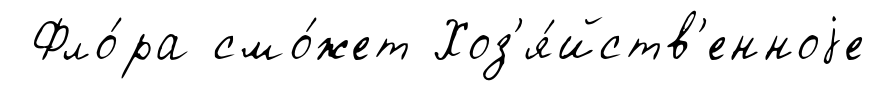
Фло́ра смо́жет Хоз'я́йств'енноjе